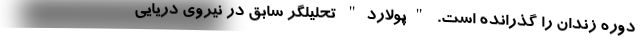
دوره زندان را گذرانده است. "پولارد" تحلیلگر سابق در نیروی دریایی